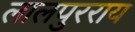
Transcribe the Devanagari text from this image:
लालपुरराय